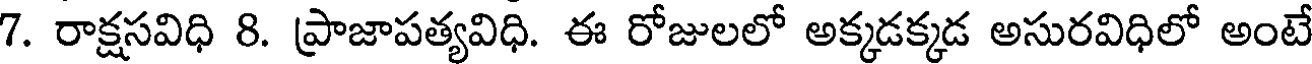
7. రాక్షసవిధి 8. ప్రాజాపత్యవిధి. ఈ రోజులలో అక్కడక్కడ అసురవిధిలో అంటే